Report of the Hyderabad Chloroform Commission
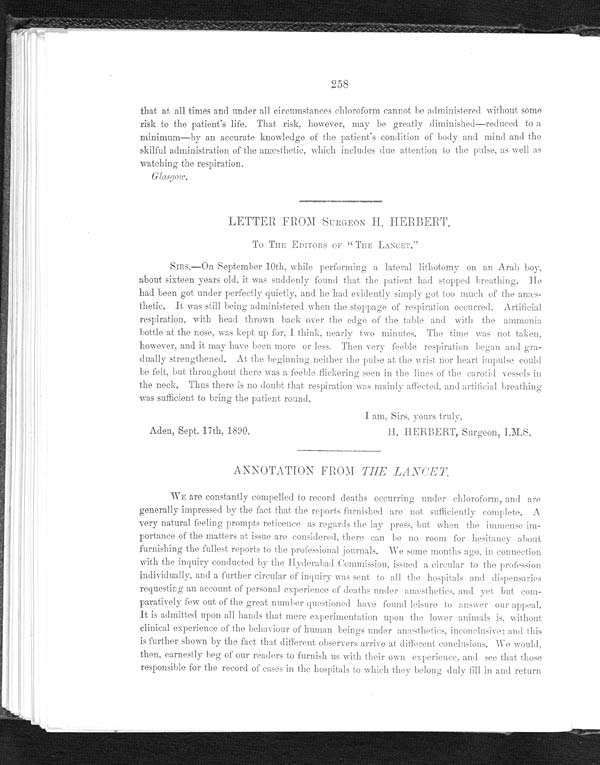
258
that at all times and under all circumstances chloroform cannot be administered without some
risk to the patient's life. That risk, however, may be greatly diminished
—reduced to a
minimum—by an accurate knowledge of the patient's condition of body and mind and the
skilful administration of the anæsthetic, which includes due attention to the pulse, as well as
watching the respiration.
G l a s g o w.
LETTER FROM SURGEON H, HERBERT.
To THE EDITORS OF "THE LANCET."
SIRS, —On September 10th, while performing a lateral lithotomy on an Arab boy,
about sixteen years old, it was suddenly found that the patient laid stopped breathing.
had been got under perfectly quietly, and he had evidently simply got too much of the anæs--
thetic. It was still being administered when the stoppage of respiration occurred. Artificial
respiration, with head thrown back over the edge of the table and with the ammonia
bottle at the nose, was kept up for, I think, nearly two minutes. The time was not taken,
however and it may have been more or less. Then very feeble respiration began and gra-
dually strengthened. At the beginning neither the pulse at the wrist nor heart impulse could
be felt, but throughout there was a feeble flickering seen in the lines of the carotid vessels in
the neck. Thus there is no doubt that respiration was mainly affected. and artificial breathing
was sufficient to bring the patient round.
I am, Sirs, yours truly,
Aden, Sept. 17th,
H. HERBERT, Surgeon, I.M.S.
ANNOTATION FROM THE LANCET.
We are constantly compelled to record deaths occurring under chloroform, and are
generally impressed by the fact that the reports furnished are not sufficiently complete. A
very natural feeling prompts reticence as regards the lay press. but when the immense im-
portance of the matters at issue are considered, there can be no room. for hesitancy about
furnishing the fullest reports to the professional journals, We some months ago in connection
with the inquiry conducted by the Hyderabad Commission, issued a circular to the profession
individually, and a further circular of inquiry was sent to all the hospitals and dispensaries
requesting an account of personal experience of deaths under amæsthetics. and yet but com-
- p a r a t i v e l y f e w o u t o f t h e g r e a t n u m b e r q u e s t i o n e d h a v e f o u n d l e i s u r e t o a n s w e r o u r a p p e a l .
It is admitted upon all hands that mere experimentation upon the lower animals is, without
clinical experience of the behaviour of human beings under anæsthetics, inconclusive: and this
is further shown by the fact that different observers arrive at different conclusions. We would,
then, earnestly beg of our readers to furnish us with their own experience, and see that those
responsible for the record of cases in the hospitals to which they belong duly fill in and return